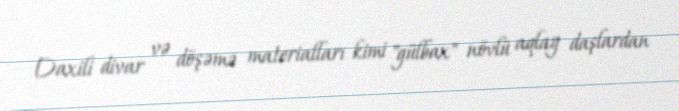
Daxili divar və döşəmə materialları kimi "gülbax" növlü aqlay daşlardan